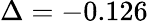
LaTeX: \Delta=-0.126